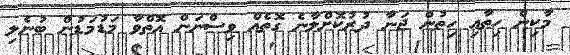
މާކިން ހިތާއި ހިތުން ޖަނާ ދުރުކޮށްލާނެ ގޮތެއް ވިސްނަން އޮތްވާ މަޑުމަޑުން ބުނެލި